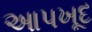
આપખૂદ